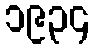
၁၉၃၄